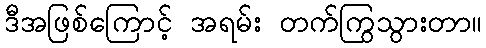
ဒီအဖြစ်ကြောင့် အရမ်း တက်ကြွသွားတာ။